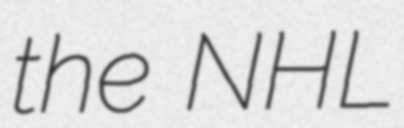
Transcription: the NHL